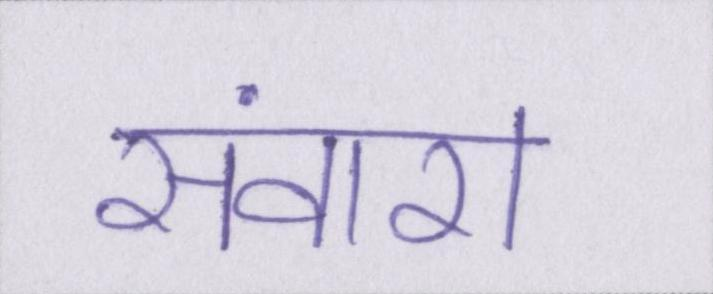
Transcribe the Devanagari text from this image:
संवारा